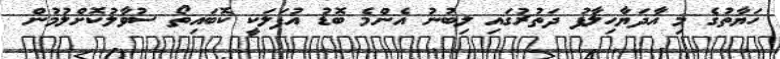
ހަޔާތުގެ މި އާދަޔާހިލާފު ދަތުރުގައި ލިބުނު އެންމެ ބޮޑު އުފަލަކީ ކޮބައިތޯ ސުވާލުކޮށްލުމުން